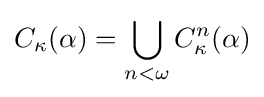
C_{\kappa }(\alpha )=\bigcup \limits _{n<\omega }C_{\kappa }^{n}(\alpha )